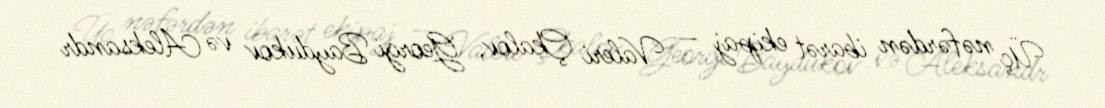
Üç nəfərdən ibarət ekipaj — Valeri Çkalov, Georgi Baydukov və Aleksandr